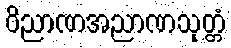
ဝိညာဏအညာဏသုတ္တံ